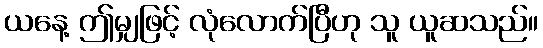
ယနေ့ ဤမျှဖြင့် လုံလောက်ပြီဟု သူ ယူဆသည်။